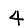
Digit: 4